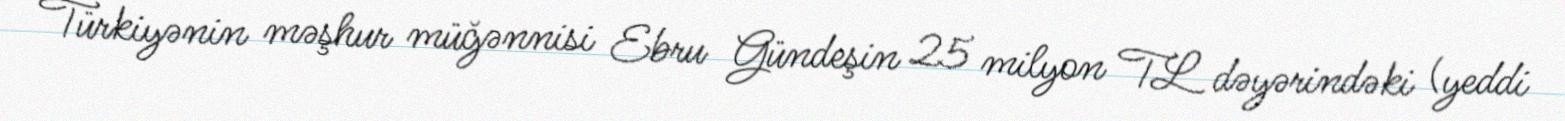
Türkiyənin məşhur müğənnisi Ebru Gündeşin 25 milyon TL dəyərindəki (yeddi